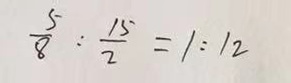
\frac { 5 } { 8 } : \frac { 1 5 } { 2 } = 1 : 1 2